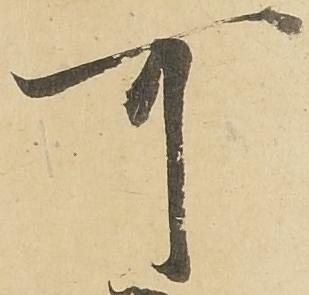
可